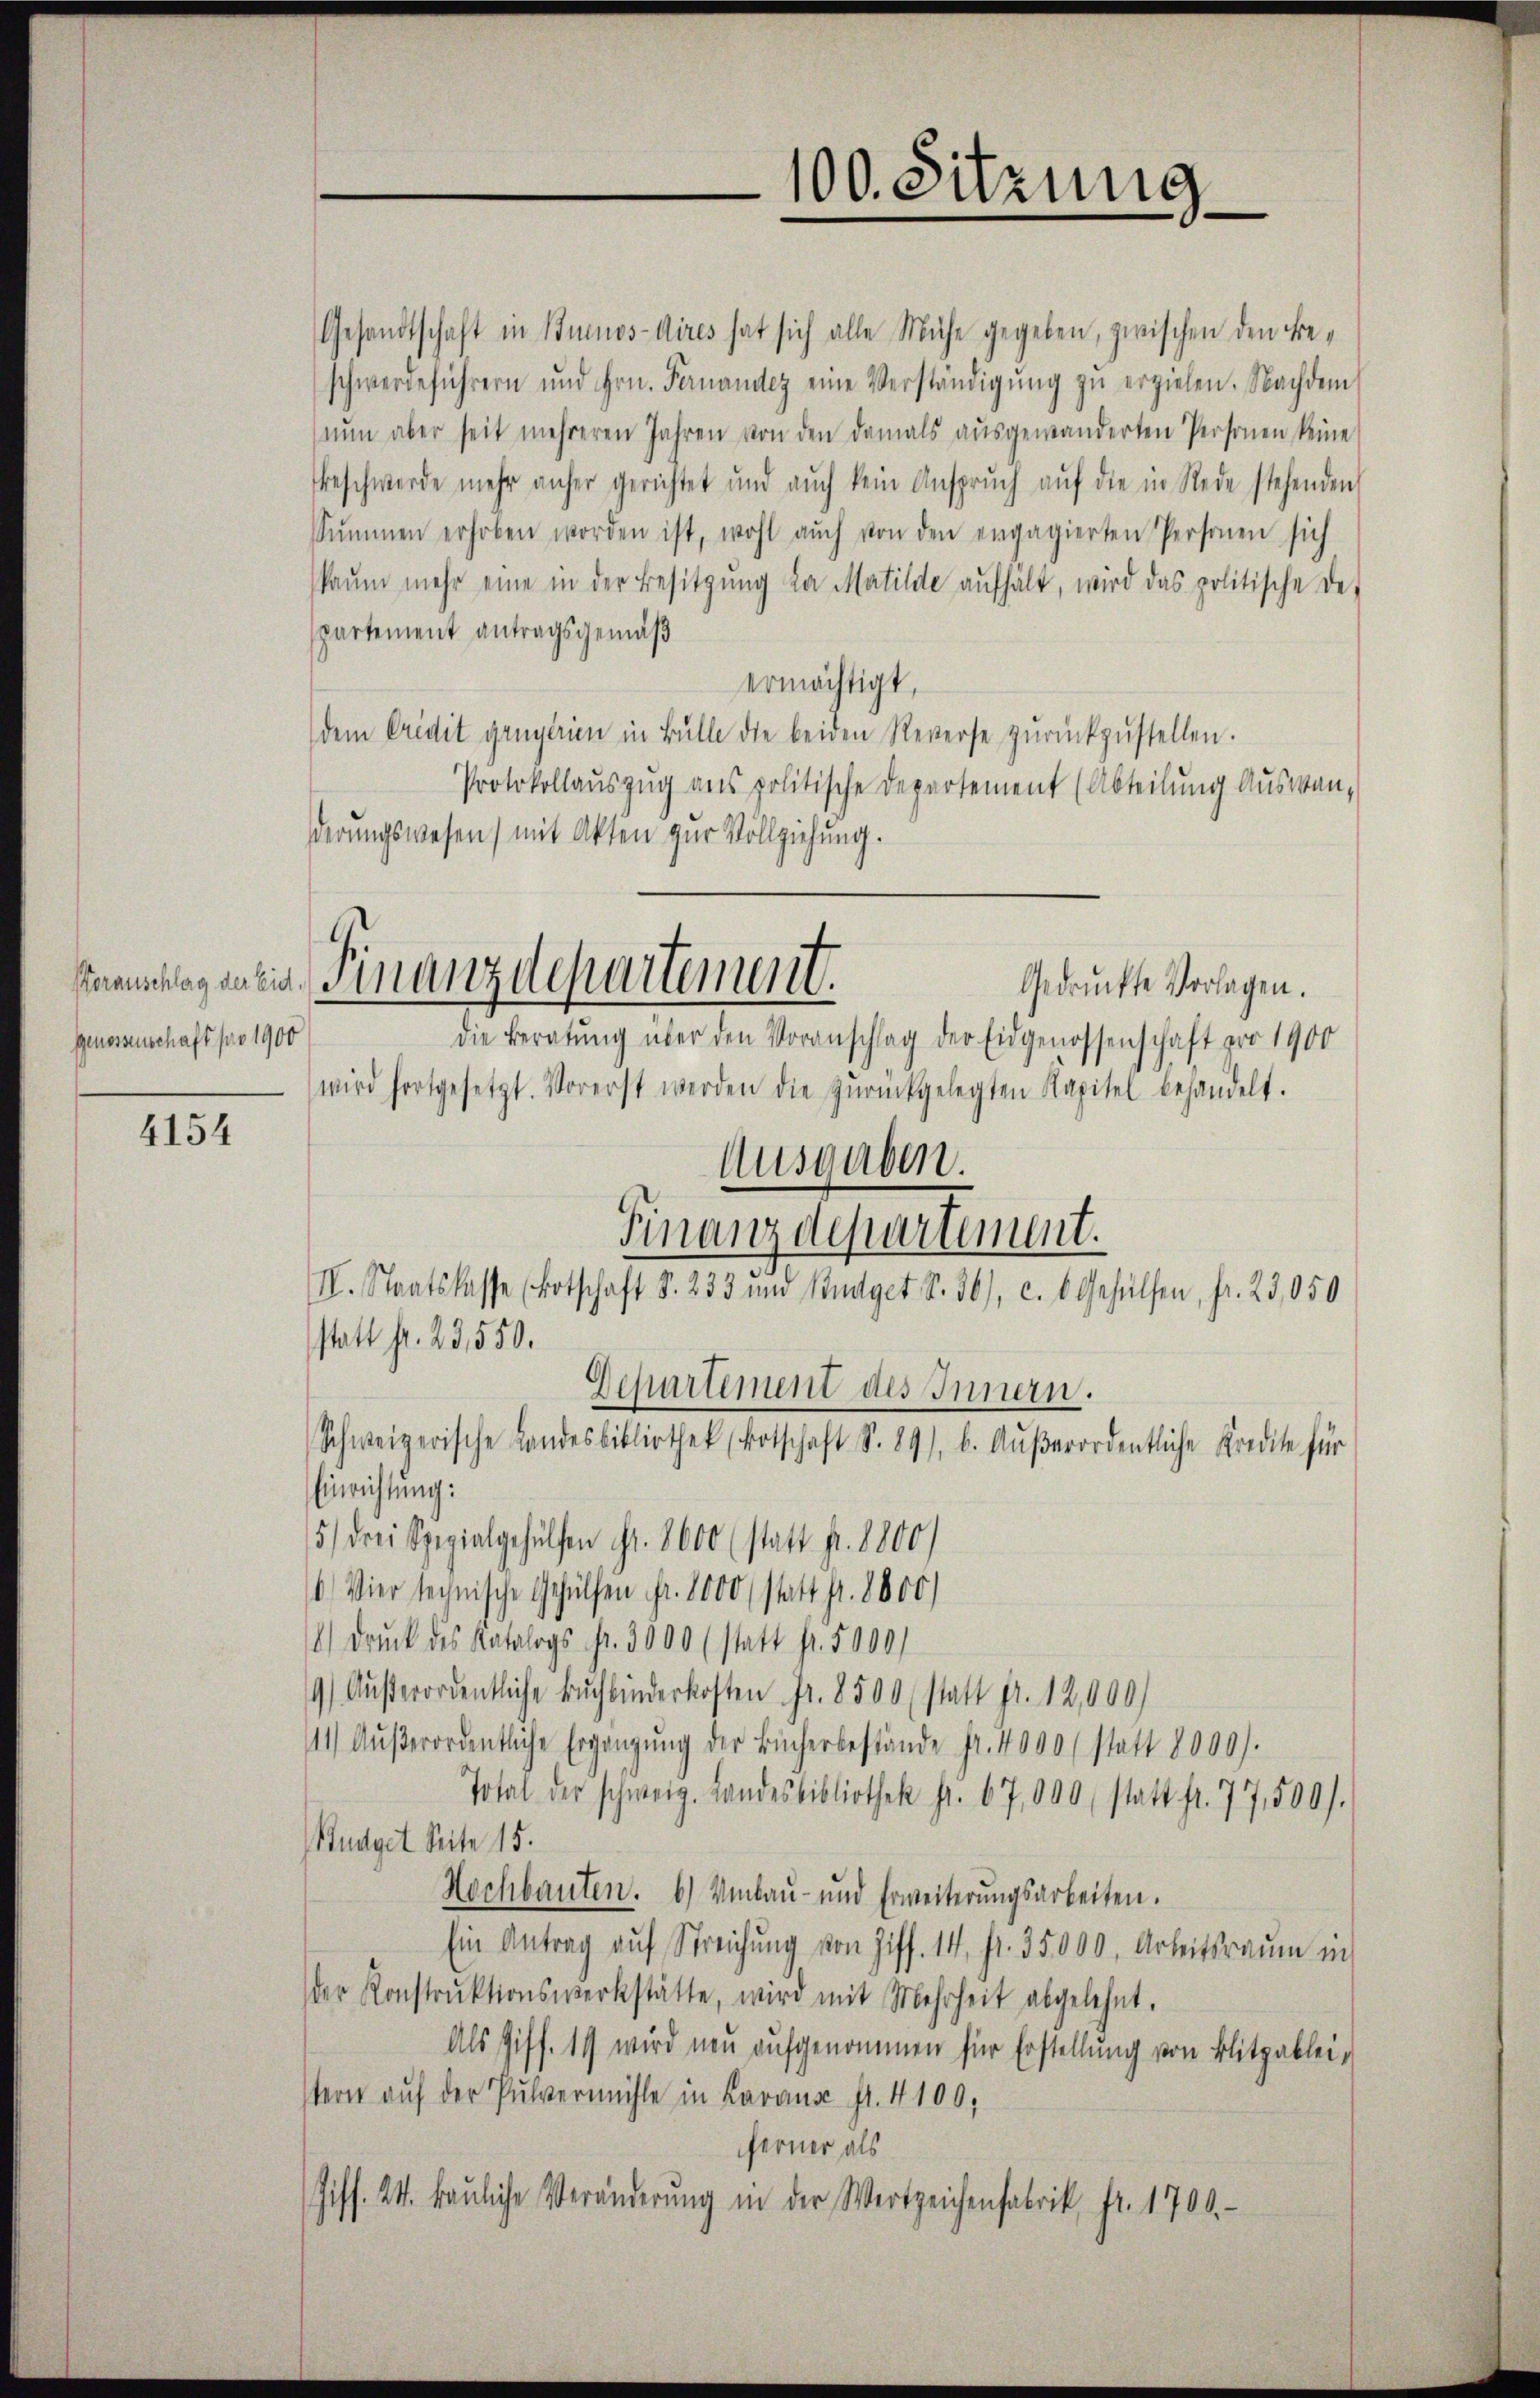
genossenschaft pro 1900

4154

Gesandtschaft in Buenos-Aires hat sich alle Mühe gegeben, zwischen den Beschwerdeführern und Hrn. Fernander eine Verständigŭng zŭ erzielen. Nachdem
nun aber seit mehreren Jahren von den damals ausgewanderten Personen keine
Beschwerde mehr anfer gerichtet und aŭch kein Ansprŭch aŭf die in Rede stehenden
Summen erhoben worden ist, wohl aŭch von den engagierten Personen sich
kaŭm mehr eine in der Besitzŭng da Matilde aŭfhält, wird das politische de
partement antragsgemäß
ermächtigt,
dem Credit grügerien in Bülle die beiden Reverse zŭrückzŭstellen.
Protokollaŭszŭg ans politische Departement (Abteilŭng Aŭswen-
derungswesen) mit Akten zur Vollziehung.
Gedruckte Vorlagen.
die Beratŭng über den Voranschlag der Eidgenossenschaft pro 1900
wird fortgesetzt. Vorerst werden die zŭrückgelegten Kapitel behandelt.
Ausgaben.
II. Staatskasse (Botschaft S. 233 um Büdget S. 361, c. 6 Gehülfen, fr. 23,050
statt fr. 23,550.
Departement des Innern.
Schweizerische Landesbibliothek (Botschaft S. 891, b. Aŭβerordentliche Kredite für
Einrichtung:
5) drei Spezialgehülfen fr. 8600 (statt pr. 8800)
b. Vier technische Gehülfen fr. 8000 (statt fr. 8000)
1) Druck des Katalogs fr. 3000 (statt fr. 5000
9/ Aŭβerordentliche Bŭchbinderkosten Fr. 8500 (statt pr. 12,000)
111) Aŭβerordentliche Ergänzŭng der Bücherbestände fr. 4000 statt 8000.
Total der schweiz. Landesbibliothek fr. 67,000 statt fr. 77,500.
Budget Seite 15.
Hochbauten. b) Umbaŭ- und Erweiterŭngsarbeiten.
Ein Antrag aŭf Streichŭng von Ziff. 14. fr. 35,000. Arbeitsraum in
der Konstrŭktionswerkstätte, wird mit Mehrheit abgelehnt.
Als Ziff. 19 wird neu aufgenommen für Erstellung von Blitzableistern auf der Pulvermühle in Lavaux fr. 4100,
ferner als
iff. 24. Baŭliche Veränderŭng in der Wertzeichenfabrik Fr. 1700.-
i

aachlageneigt. Finanzdepartement.

100. Sitzung

Finanzdepartement.